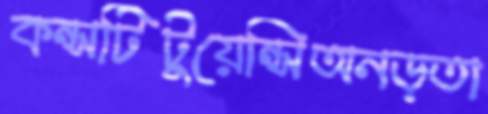
কন্সটিটুয়েন্সিঅনড়তা